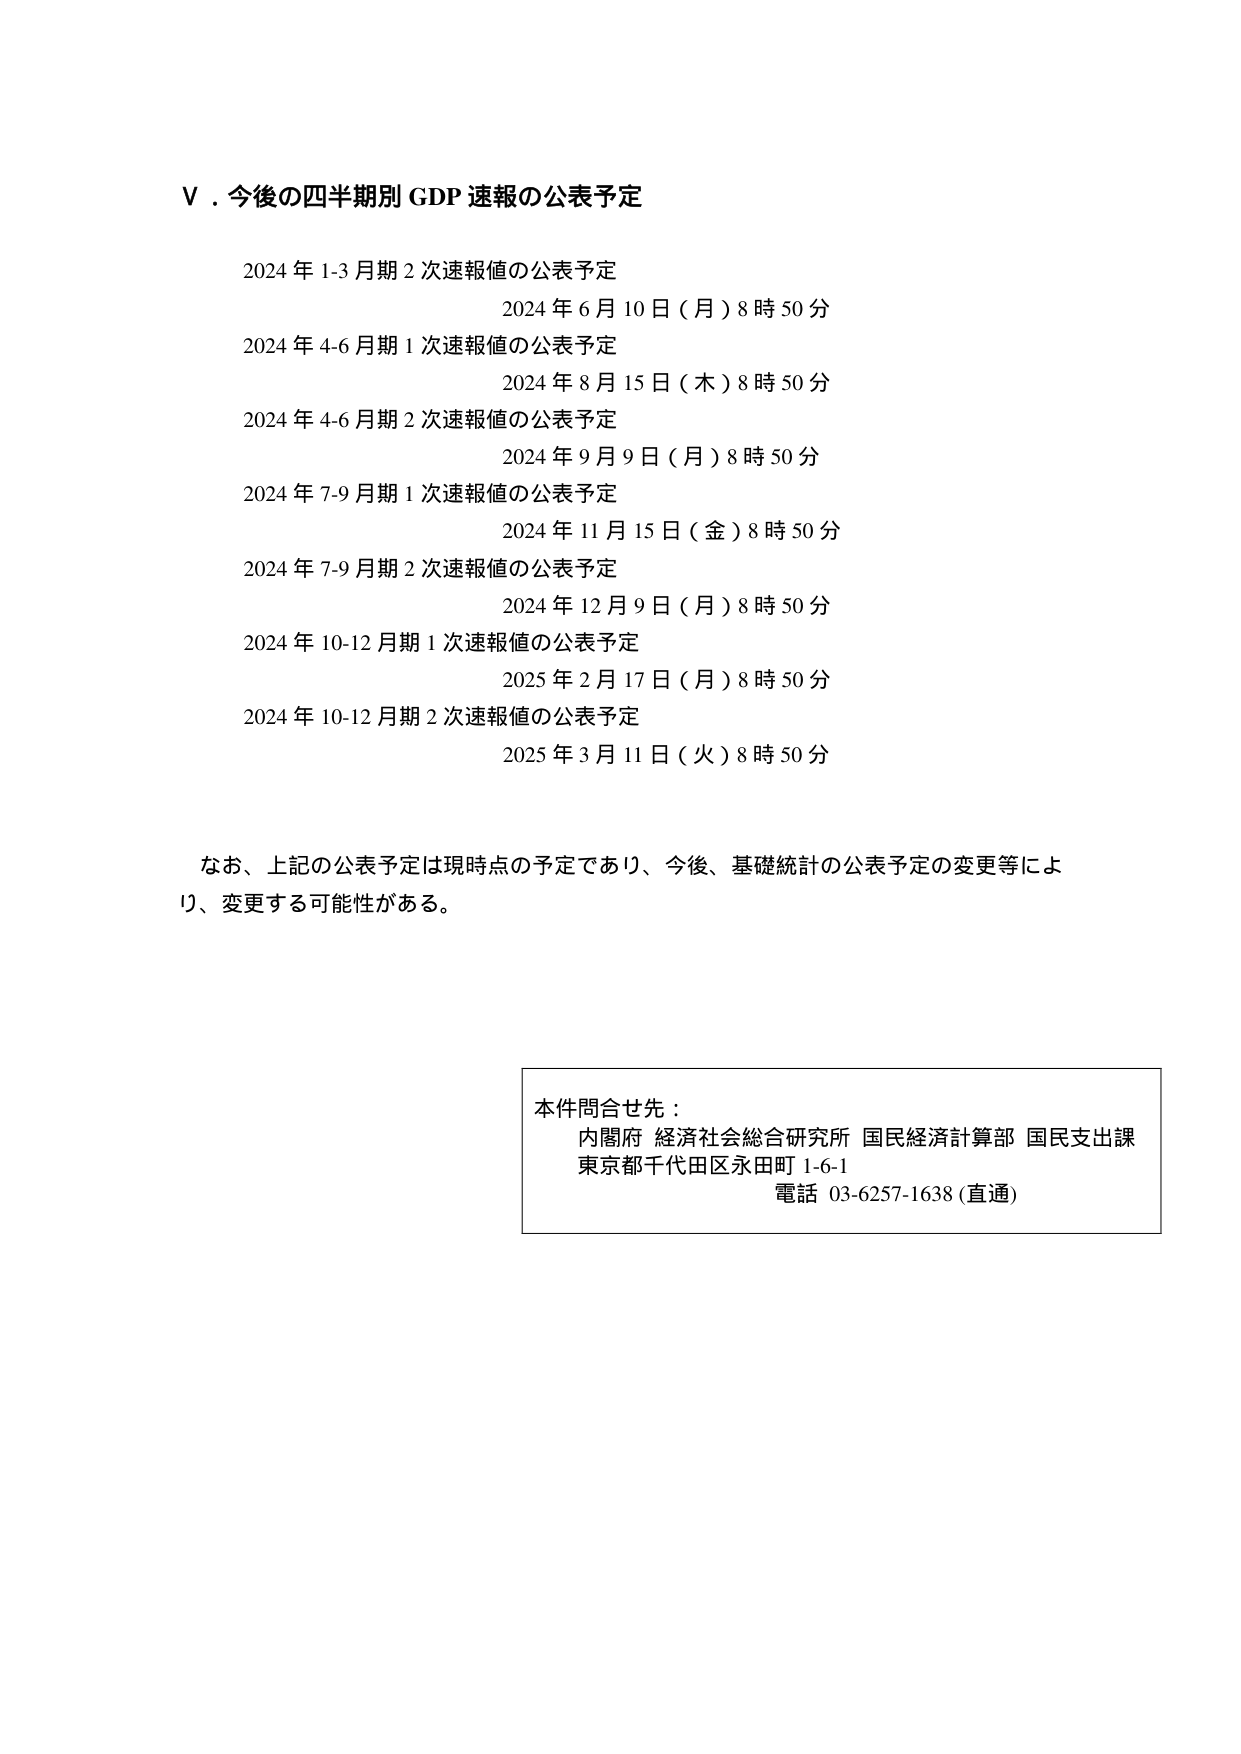
V．今後の四半期別 GDP 速報の公表予定

2024 年 1-3 月期 2 次速報値の公表予定
2024 年 6 月 10 日（月）8 時 50 分

2024 年 4-6 月期 1 次速報値の公表予定
2024 年 8 月 15 日（木）8 時 50 分

2024 年 4-6 月期 2 次速報値の公表予定
2024 年 9 月 9 日（月）8 時 50 分

2024 年 7-9 月期 1 次速報値の公表予定
2024 年 11 月 15 日（金）8 時 50 分

2024 年 7-9 月期 2 次速報値の公表予定
2024 年 12 月 9 日（月）8 時 50 分

2024 年 10-12 月期 1 次速報値の公表予定
2025 年 2 月 17 日（月）8 時 50 分

2024 年 10-12 月期 2 次速報値の公表予定
2025 年 3 月 11 日（火）8 時 50 分

なお、上記の公表予定は現時点の予定であり、今後、基礎統計の公表予定の変更等により、変更する可能性がある。

本件問合せ先：
内閣府 経済社会総合研究所 国民経済計算部 国民支出課
東京都千代田区永田町 1-6-1
電話 03-6257-1638 (直通)